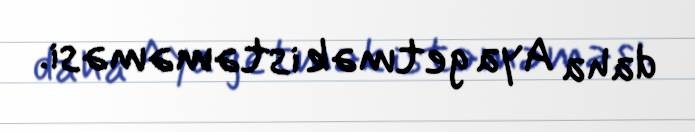
daha Aya getmək istəməməsi.